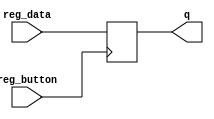
module register4
(
  input  [3:0] reg_data,
  input reg_button,
  output reg [3:0] q  
);
always @(negedge reg_button) 
     	 q <= reg_data;
endmodule

module R51 (reset_count, counter, timer555, RAM1_button, data_in, 
            RAM1_out, RAM2_out, mux_switch_out, mux_out,Acc_out);
   parameter ADDR_WIDTH = 3;
   parameter DATA_WIDTH = 8;
      
  input reset_count;
  output [ADDR_WIDTH-1:0] counter;
  input timer555;
  input RAM1_button;
  input [DATA_WIDTH-1:0] data_in;
  output [DATA_WIDTH-1:0] RAM1_out;
  output [3:0] RAM2_out;
  output [3:0] Acc_out;
  
  output mux_switch_out;
  output [3:0] mux_out;
wire Counter_load;
assign Counter_load = RAM1_out[7];
//Counter
reg [ADDR_WIDTH-1:0] counter;
always @ (posedge timer555 or posedge reset_count)
  if (reset_count)
		counter <= 2'b00;  
  else if (Counter_load) 
		counter <= RAM1_out[1:0];  
  else
		counter <= counter + 2'b01;

wire [ADDR_WIDTH-1:0] adr1;
 assign adr1 = counter;
//RAM1
reg [DATA_WIDTH-1:0] mem1 [2**ADDR_WIDTH-1:0]; 
    always @(posedge RAM1_button ) 
        mem1 [adr1] <= data_in;
assign RAM1_out = mem1[adr1]; 

wire [ADDR_WIDTH-1:0] adr2;
 assign adr2 = RAM1_out[3:0];
wire RAM2_button;
 assign RAM2_button = RAM1_out[4];
//RAM2
reg [3:0] mem2 [2**ADDR_WIDTH-1:0]; 
   	always @(posedge RAM2_button)
        mem2 [adr2] <= Acc_out;
assign RAM2_out = mem2[adr2]; 
// MUX2
wire MUX_switch;
 assign MUX_switch = RAM1_out[5];
reg [3:0] MUX2; 
always @*
 MUX2 = MUX_switch ? RAM2_out : data_in[3:0];
assign mux_out = MUX2;
assign mux_switch_out = MUX_switch;

wire Acc_button;
 assign Acc_button = RAM1_out[6];
//Acc
register4 Acc_reg(
  .reg_data(mux_out),
	.reg_button(Acc_button & timer555),
	.q(Acc_out)
);
endmodule